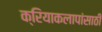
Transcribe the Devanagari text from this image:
क्रियाकलापांसाठी